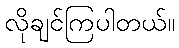
လိုချင်ကြပါတယ်။